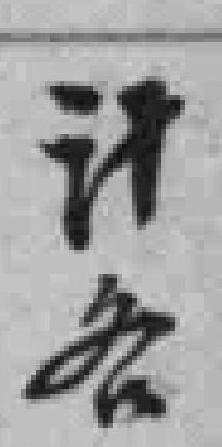
计各